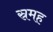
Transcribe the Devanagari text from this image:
स्रमह